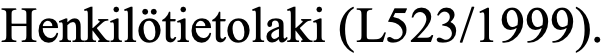
Henkilötietolaki (L523/1999).